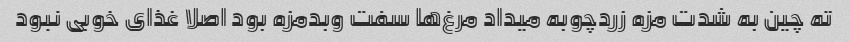
ته چین به شدت مزه زردچوبه میداد مرغ‌ها سفت و‌بدمزه بود اصلا غذای خوبی نبود